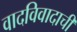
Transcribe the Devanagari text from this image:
वादविवादाची